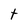
Character: t